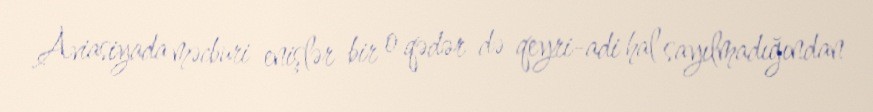
Aviasiyada məcburi enişlər bir o qədər də qeyri-adi hal sayılmadığından